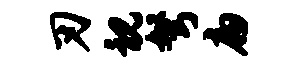
刃视弩扁